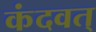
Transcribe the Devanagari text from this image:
कंदवत्‌